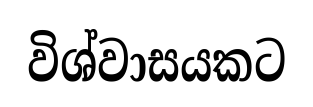
විශ්වාසයකට